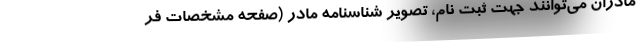
مادران می‌توانند جهت ثبت نام، تصویر شناسنامه مادر (صفحه مشخصات فر